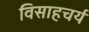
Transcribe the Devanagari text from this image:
विसाहचर्य